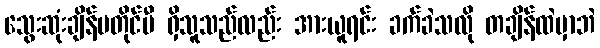
သွေးဆုံးချိန်မတိုင်မီ ရှိသူသည်လည်း အားယူရင်း ခက်ခဲသလို တချိန်ထဲမှာဘဲ